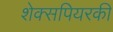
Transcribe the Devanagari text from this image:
शेक्सपियरकी